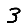
Digit: 3